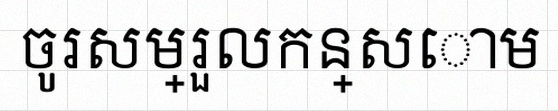
ចូរសម្រួលកន្សោម